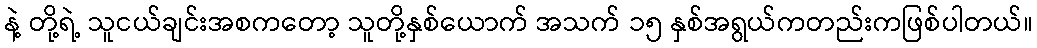
နဲ့ တို့ရဲ့ သူငယ်ချင်းအစကတော့ သူတို့နှစ်ယောက် အသက် ၁၅ နှစ်အရွယ်ကတည်းကဖြစ်ပါတယ်။